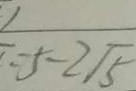
= 5 - 2 \sqrt { 5 }